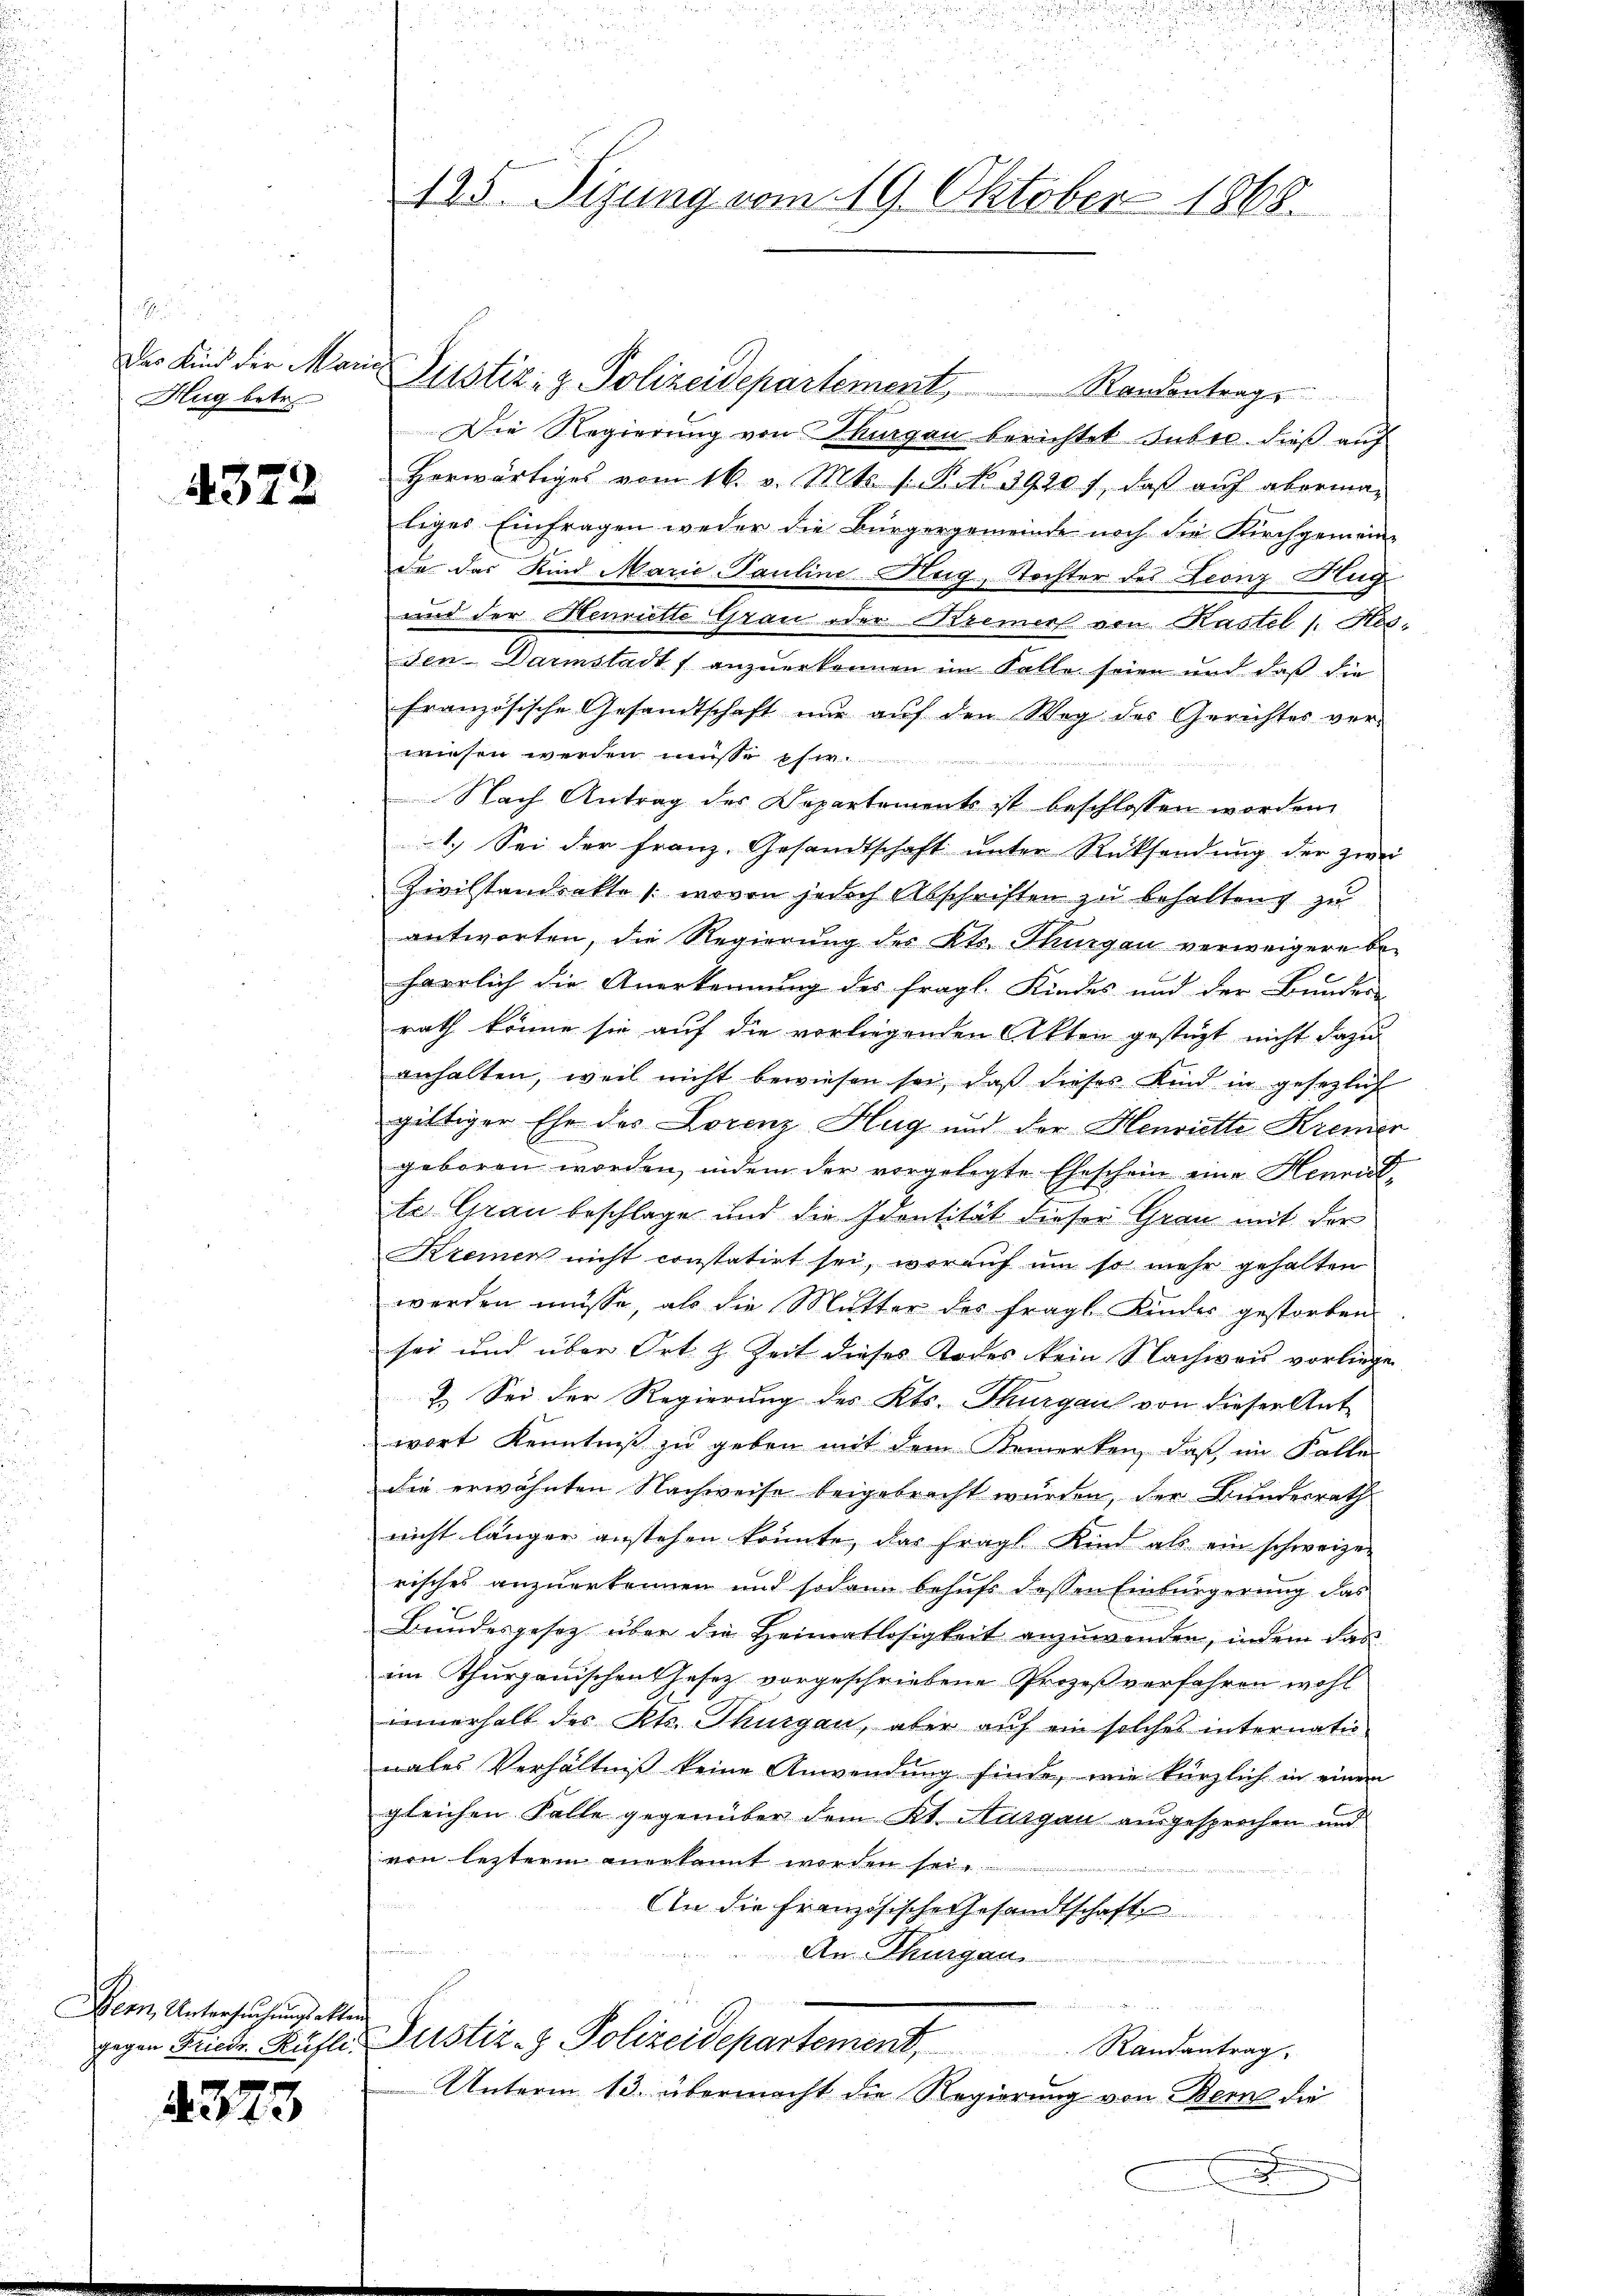
Hug betr.

4372

Dem Untersuchungsakten
gegen Friedr. Rüfli.

2373

125. Sizung vom 19. Oktober 1868.

Der Kind der Maria Justiz- & Polizeidepartement, Randantrags
Die Regierung von Thurgau berichtet subsc. dieß auf
herwärtiges vom 16. v. Mts. s P. NNo. 3920 f., daβ aŭf aberma-
liges Einfragen weder die Bürgergemeinde noch die Kirchgemeinda das Kind Marie Pauline Hug, Tochter des Leonz Hug
und der Henrielle Grau oder Kremer von Kastel /: Mösden Darmstadt f anzuerkennen im Falle seien und daß die
französische Gesandtschaft nŭr aŭf den Weg des Gerichtes ver-
wiesen werden müsse her

Nach Antrag des Departement ist beschlossen worden
1.) Sei der Franz. Gesandtschaft unter Rücksendung der zwei
Zivilstandsakte (wovon jedoch Abschriften zu behaltung zu
antworten, die Regierung des Kts. Thurgau verweigere be-
harrlich die Anerkennung des fragl. Kindes und der Bundes-
rath könne sie auf die vorliegenden Akten gestüzt nicht dazu
anhalten, weil nicht bewiesen sei, daß dieses Kind in gesezlich
gültiger Ehe des Lorenz Hug und der Henriette Kremer
geboren worden, indem der vorgelegte Eheschein eine Henritte Grau beschlage und die Identität dieser Grau mit der
Kremen nicht constatirt sei, worauf um so mehr gehalten
werden müsse, als die Mutter des fragl. Kinder gestorben
sei und über Ort z. Zeit dieses Todes kein Nachweis vorliege
2.) Sei der Regierung des Kts. Thurgau von dieser Ant
wort Kenntniß zu geben mit dem Bemerken, daß im Falle
die erwähnten Nachweise beigebracht wurden, der Bundesrath
nicht länger anstehen könnte, das fragt Kind als ein schweizer
risches anzuerkennen und sodann behuf dessen Einbürgerung das
Bundesgesetz über die Heimatlosigkeit anzuwenden, indem das
im Thurgauischen Gesez vorgeschriebene Prozeß verfahren wohl
innerhalt des Kts. Thurgau, aber auf ein solches internatio
nales Verhältniß keine Anwendung finde, wie kürzlich in einem
gleichen Falle gegenüber dem Kt. Aargau ausgesprochen und
von letzterm anerkannt worden sei.
An die Französische Gesandtschaft
An-Thurgau
Justiz- & Polizeidepartement, Randantrag.
Unterm 13. übermacht die Regierung von Bern die
x